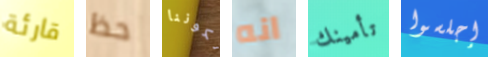
قارئة حظ لكوننا انه تأمينك إجلسوا